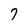
Character: 7